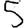
Digit: 5